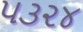
૫૩૨૪